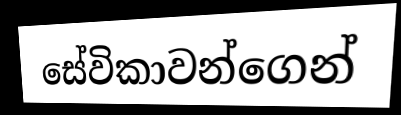
සේවිකාවන්ගෙන්